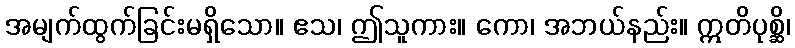
အမျက်ထွက်ခြင်းမရှိသော။ ဧသ၊ ဤသူကား။ ကော၊ အဘယ်နည်း။ ဣတိပုစ္ဆိ၊